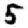
Digit: 5